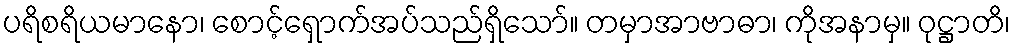
ပရိစရိယမာနော၊ စောင့်ရှောက်အပ်သည်ရှိသော်။ တမှာအာဗာဓာ၊ ကိုအနာမှ။ ဝုဋ္ဌာတိ၊